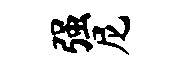
强尼